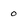
Character: 0